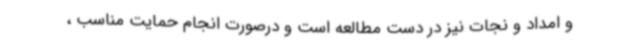
و امداد و نجات نیز در دست مطالعه است و درصورت انجام حمایت مناسب ،